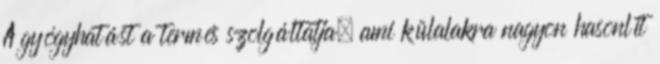
A gyógyhatást a termés szolgáltatja, ami külalakra nagyon hasonlít